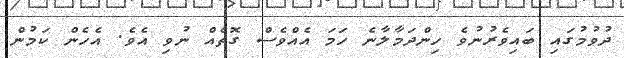
ދުވުމުގައި ބައިވެރުނުވެ ހިންދަމާލާނެ ހަމަ އެއްވެސް ގޮތެއް ނުވި އެވެ. އެހެން ކަމުން